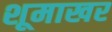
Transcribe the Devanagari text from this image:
शूमाखर